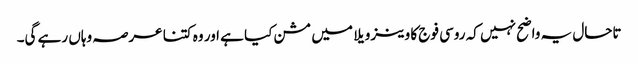
تاحال یہ واضح نہیں کہ روسی فوج کا وینزویلا میں مشن کیا ہے اور وہ کتنا عرصہ وہاں رہے گی۔